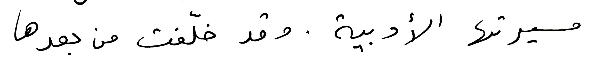
مسيرتها الأدبية. وقد خلّفت من بعدها